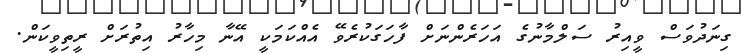
ގިނަދުވަސް ވީއިރު ސަލްމާނުގެ އަހަރެންނަށް ފާހަގަކުރެވޭ އެއްކަމަކީ އޭނާ މިހާރު އިތުރަށް ރީތިވީކަން.